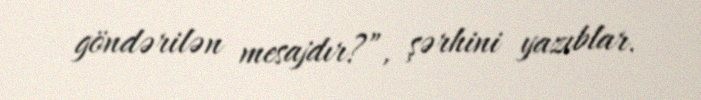
göndərilən mesajdır?”, şərhini yazıblar.